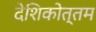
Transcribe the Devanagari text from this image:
देशिकोत्तम